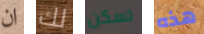
ان لك تسكن هذه